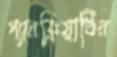
প্যানক্রিয়াটিন